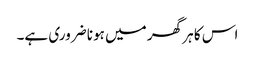
اس کا ہر گھر میں ہونا ضروری ہے۔